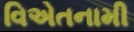
વિએતનામી